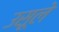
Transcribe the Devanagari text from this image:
उसूले